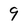
Character: 9